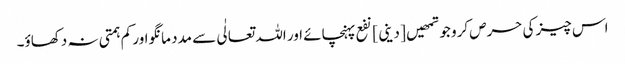
اس چیز کی حرص کرو جو تمھیں [ دینی ] نفع پہنچائے اور اللہ تعالٰی سے مدد مانگو اور کم ہمتی نہ دکھاؤ۔